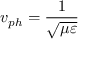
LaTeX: v _ { p h } = { \frac { 1 } { \sqrt { \mu \varepsilon } } }